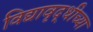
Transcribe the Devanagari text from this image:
विद्यावृद्धीच्या